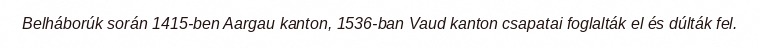
Belháborúk során 1415-ben Aargau kanton, 1536-ban Vaud kanton csapatai foglalták el és dúlták fel.